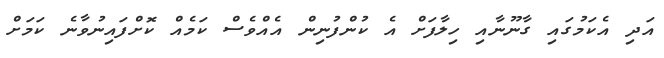
އަދި އެކަމުގައި ގާނޫނާއި ހިލާފަށް އެ ކުންފުނިން އެއްވެސް ކަމެއް ކޮށްފައިނުވާނެ ކަމަށް